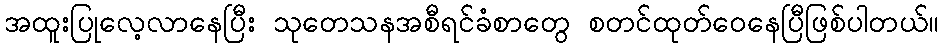
အထူးပြုလေ့လာနေပြီး သုတေသနအစီရင်ခံစာတွေ စတင်ထုတ်ဝေနေပြီဖြစ်ပါတယ်။